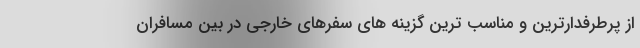
از پرطرفدارترین و مناسب ترین گزینه های سفرهای خارجی در بین مسافران